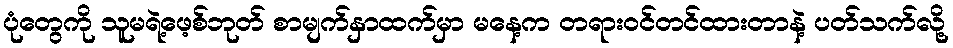
ပုံတွေကို သူမရဲ့ဖေ့စ်ဘုတ် စာမျက်နှာထက်မှာ မနေ့က တရားဝင်တင်ထားတာနဲ့ ပတ်သက်လို့